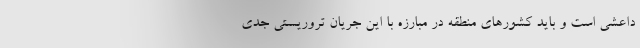
داعشی است و باید کشور‌های منطقه در مبارزه با این جریان تروریستی جدی